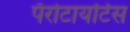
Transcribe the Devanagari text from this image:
पॅरोटायटिस